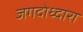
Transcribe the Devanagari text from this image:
जगदोध्दारा